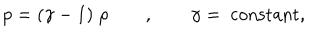
p = ( \gamma - 1 ) \; \rho \qquad , \qquad \gamma = \mathrm { ~ c o n s t a n t } ,